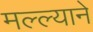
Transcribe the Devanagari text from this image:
मल्ल्याने